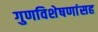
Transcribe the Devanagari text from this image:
गुणविशेषणांसह